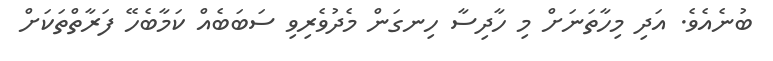
ބުނެއެވެ. އަދި މިހާތަނަށް މި ހާދިސާ ހިނގަން މެދުވެރިވި ސަބަބެއް ކަމާބެހޭ ފަރާތްތަކަށް